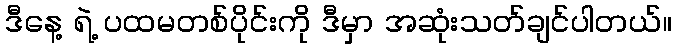
ဒီနေ့ ရဲ့ ပထမတစ်ပိုင်းကို ဒီမှာ အဆုံးသတ်ချင်ပါတယ်။